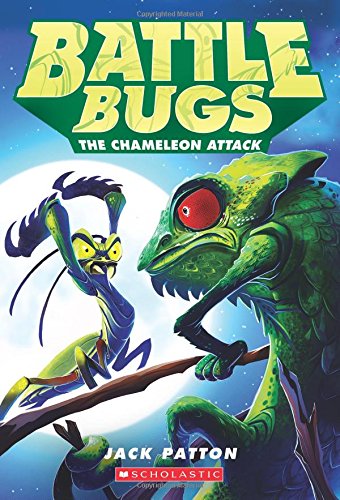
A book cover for The Chameleon Attack (Battle Bugs #4); Jack Patton; Children's Books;